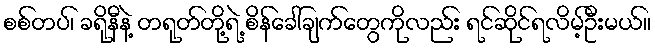
စစ်တပ်၊ ခရိုနီနဲ့ တရုတ်တို့ရဲ့ စိန်ခေါ်ချက်တွေကိုလည်း ရင်ဆိုင်ရလိမ့်ဦးမယ်။